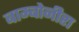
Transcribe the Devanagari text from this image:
बाम्बोनीरा